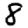
Digit: 8